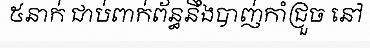
៥នាក់ ជាប់ពាក់ព័ន្ធនឹងបាញ់កាំជ្រួច នៅ